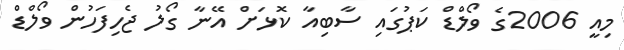
މިއީ 2006ގެ ވޯލްޑް ކަޕުގައި ސާބިއާ ކޮޅަށް އޭނާ ގޯލު ޖެހިފަހުން ވޯލްޑް